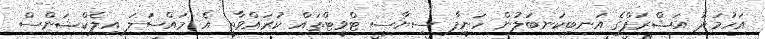
އަހުމަދު އަޝްރަފްގެ އަނބިކަނބަލުން ހަނީފާ ސިޔާސީ ޓްވީޓްތައް ކުރައްވާތީ އެ މައްސަލަ އިލެކްޝަންސް